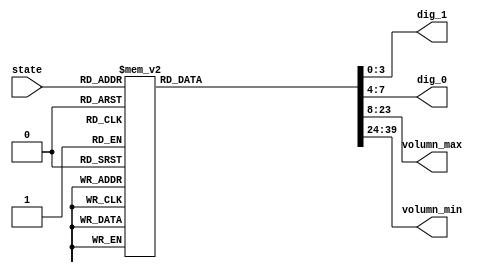
module state_to_number(
    input [3:0] state,
    output [3:0] dig_1,
    output [3:0] dig_0,
    output [15:0] volumn_max,
    output [15:0] volumn_min
    );
    
reg [3:0] dig_1, dig_0;
reg [15:0] volumn_max, volumn_min;

always @(state)
begin 
    case(state)
        4'd0:
        begin
            dig_1 = 4'd0;
            dig_0 = 4'd1;
            volumn_max = 16'b0111_1111_1111_1111;
            volumn_min = 16'b1000_0000_0000_0000;
        end
        
        4'd1:
        begin
            dig_1 = 4'd0;
            dig_0 = 4'd2;
            volumn_max = 16'b0111_0111_1111_1111;
            volumn_min = 16'b1000_1000_0000_0000;
        end
        
        4'd2:
        begin
            dig_1 = 4'd0;
            dig_0 = 4'd3;
            volumn_max = 16'b0110_1111_1111_1111;
            volumn_min = 16'b1001_0000_0000_0000;
        end
        
        4'd3:
        begin
            dig_1 = 4'd0;
            dig_0 = 4'd4;
            volumn_max = 16'b0110_0111_1111_1111;
            volumn_min = 16'b1001_1000_0000_0000;
        end
        
        4'd4:
        begin
            dig_1 = 4'd0;
            dig_0 = 4'd5;
            volumn_max = 16'b0101_1111_1111_1111;
            volumn_min = 16'b1010_0000_0000_0000;
        end
        
        4'd5:
        begin
            dig_1 = 4'd0;
            dig_0 = 4'd6;
            volumn_max = 16'b0101_0111_1111_1111;
            volumn_min = 16'b1010_1000_0000_0000;
        end
        
        4'd6:
        begin
            dig_1 = 4'd0;
            dig_0 = 4'd7;
            volumn_max = 16'b0100_1111_1111_1111;
            volumn_min = 16'b1011_0000_0000_0000;
        end
        
        4'd7:
        begin
            dig_1 = 4'd0;
            dig_0 = 4'd8;
            volumn_max = 16'b0100_0111_1111_1111;
            volumn_min = 16'b1011_1000_0000_0000;
        end
        
        4'd8:
        begin
            dig_1 = 4'd0;
            dig_0 = 4'd9;
            volumn_max = 16'b0011_1111_1111_1111;
            volumn_min = 16'b1100_0000_0000_0000;
        end
        
        4'd9:
        begin
            dig_1 = 4'd1;
            dig_0 = 4'd0;
            volumn_max = 16'b0011_0111_1111_1111;
            volumn_min = 16'b1100_1000_0000_0000;
        end
        
        4'd10:
        begin
            dig_1 = 4'd1;
            dig_0 = 4'd1;
            volumn_max = 16'b0010_1111_1111_1111;
            volumn_min = 16'b1101_0000_0000_0000;
        end
        
        4'd11:
        begin
            dig_1 = 4'd1;
            dig_0 = 4'd2;
            volumn_max = 16'b0010_0111_1111_1111;
            volumn_min = 16'b1101_1000_0000_0000;
        end
        
        4'd12:
        begin
            dig_1 = 4'd1;
            dig_0 = 4'd3;
            volumn_max = 16'b0001_1111_1111_1111;
            volumn_min = 16'b1110_0000_0000_0000;
        end
        
        4'd13:
        begin
            dig_1 = 4'd1;
            dig_0 = 4'd4;
            volumn_max = 16'b0001_0111_1111_1111;
            volumn_min = 16'b1110_1000_0000_0000;
        end
        
        4'd14:
        begin
            dig_1 = 4'd1;
            dig_0 = 4'd5;
            volumn_max = 16'b0000_1111_1111_1111;
            volumn_min = 16'b1111_0000_0000_0000;
        end
        
        4'd15:
        begin
            dig_1 = 4'd1;
            dig_0 = 4'd6;
            volumn_max = 16'b0000_0111_1111_1111;
            volumn_min = 16'b1111_1000_0000_0000;
        end
    endcase 
end
 
endmodule